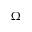
\Omega